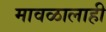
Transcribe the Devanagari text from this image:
मावळालाही